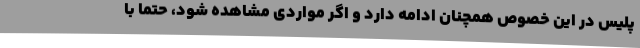
پلیس در این خصوص همچنان ادامه دارد و اگر مواردی مشاهده شود، حتما با